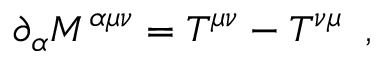
\partial _ { \alpha } { \cal M } ^ { \alpha \mu \nu } = { \cal T } ^ { \mu \nu } - { \cal T } ^ { \nu \mu } \; \; ,